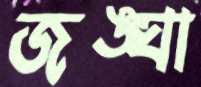
জঙ্ঘা